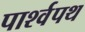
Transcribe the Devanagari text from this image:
पार्श्‍वपथ